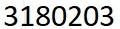
3180203